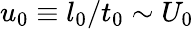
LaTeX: u_{0}\equiv l_{0}/t_{0}\sim U_{0}